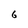
Character: 6